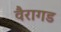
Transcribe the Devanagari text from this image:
वैरागड